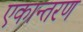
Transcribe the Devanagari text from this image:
एकान्तरण